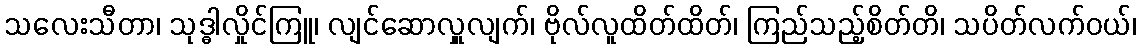
သလေးသီတာ၊ သုဒ္ဓါလှိုင်ကြူ၊ လျင်ဆောလှူလျက်၊ ဗိုလ်လူထိတ်ထိတ်၊ ကြည်သည့်စိတ်တိ၊ သပိတ်လက်ဝယ်၊